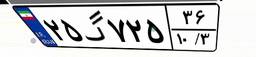
۲۵گ۷۲۵۳۶